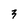
Character: 3